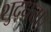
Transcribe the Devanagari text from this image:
शुद्धता।